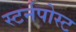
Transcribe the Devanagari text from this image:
स्टर्नपोस्ट